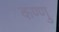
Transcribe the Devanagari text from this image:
कण्णु